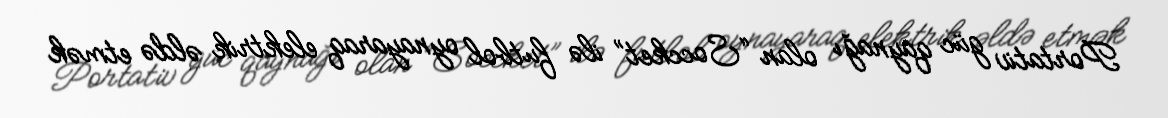
Portativ güc qaynağı olan “Soccket” ilə futbol oynayaraq elektrik əldə etmək